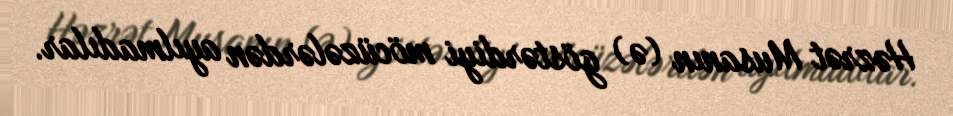
Həzrət Musanın (ə) göstərdiyi möcüzələrdən ayılmadılar.